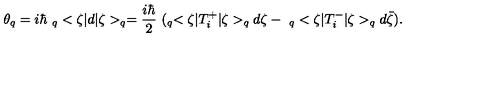
\theta _ { q } = i \hbar \ _ { q } < \zeta | d | \zeta > _ { q } = \frac { i \hbar } { 2 } \ ( _ { q } < \zeta | T _ { i } ^ { + } | \zeta > _ { q } d \zeta - \ _ { q } < \zeta | T _ { i } ^ { - } | \zeta > _ { q } d \bar { \zeta } ) .